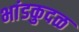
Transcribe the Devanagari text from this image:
भांडकुदळ